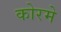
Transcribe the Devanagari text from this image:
कोरमे